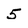
Character: 5